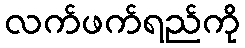
လက်ဖက်ရည်ကို